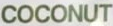
COCONUT